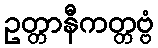
ဥတ္တာနီကတ္တဗ္ဗံ